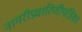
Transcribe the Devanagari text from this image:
नागरीप्रचारिणीपत्रिका